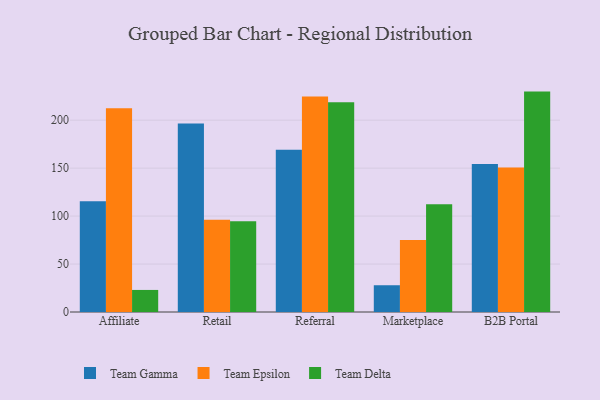
{"axis": {"x": "Channel", "y": "Humidity (%)"}, "legend": ["Team Delta", "Team Epsilon", "Team Gamma"], "data": [{"x": "Affiliate", "y": 115.5, "type": "Team Gamma"}, {"x": "Affiliate", "y": 212.4, "type": "Team Epsilon"}, {"x": "Affiliate", "y": 23.0, "type": "Team Delta"}, {"x": "Retail", "y": 196.6, "type": "Team Gamma"}, {"x": "Retail", "y": 96.1, "type": "Team Epsilon"}, {"x": "Retail", "y": 94.6, "type": "Team Delta"}, {"x": "Referral", "y": 169.3, "type": "Team Gamma"}, {"x": "Referral", "y": 224.6, "type": "Team Epsilon"}, {"x": "Referral", "y": 218.6, "type": "Team Delta"}, {"x": "Marketplace", "y": 27.9, "type": "Team Gamma"}, {"x": "Marketplace", "y": 75.0, "type": "Team Epsilon"}, {"x": "Marketplace", "y": 112.3, "type": "Team Delta"}, {"x": "B2B Portal", "y": 154.2, "type": "Team Gamma"}, {"x": "B2B Portal", "y": 150.6, "type": "Team Epsilon"}, {"x": "B2B Portal", "y": 229.8, "type": "Team Delta"}]}